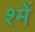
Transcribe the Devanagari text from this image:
श्में